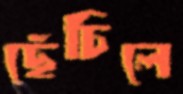
ছেঁচিলে